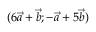
( 6 \vec { a } + \vec { b } ; - \vec { a } + 5 \vec { b } )